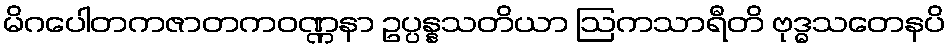
မိဂပေါတကဇာတကဝဏ္ဏနာ ဥပ္ပန္နသတိယာ ဩကသာရီတိ ဗုဒ္ဓသတေနပိ